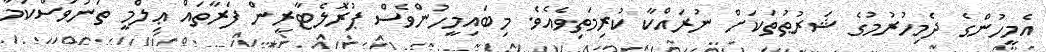
އެމީހުންގެ ދެމިހުރުމުގެ ޝަރުޠުތަކަށް ނުރައްކާ ކުރިމަތިވެއެވެ. މިބައިމީހުންވެސް ޕުރޮލެޓާރީން ފަރާތައް ޢިލްމީ ތަނަވަސްކަމާ